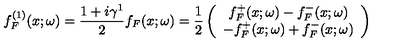
f _ { F } ^ { ( 1 ) } ( x ; \omega ) = \frac { 1 + i \gamma ^ { 1 } } { 2 } f _ { F } ( x ; \omega ) = \frac { 1 } { 2 } \left( \begin{array} { c } { f _ { F } ^ { + } ( x ; \omega ) - f _ { F } ^ { - } ( x ; \omega ) } \\ { - f _ { F } ^ { + } ( x ; \omega ) + f _ { F } ^ { - } ( x ; \omega ) } \\ \end{array} \right)